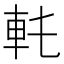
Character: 𨊯